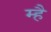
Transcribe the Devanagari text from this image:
म्है